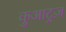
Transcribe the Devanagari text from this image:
कुआट्रज़